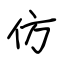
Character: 仿